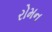
રોમન